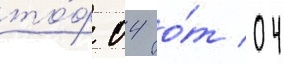
то́ф 04 о́т 04